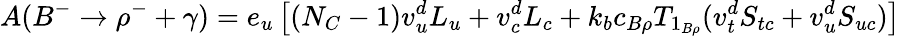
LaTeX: A(B^{-}\to\rho^{-}+\gamma)=e_{u}\left[\left(N_{C}-1\right)v_{u}^{d}L_{u}+v_{c}^{d}{L_{c}}+k_{b}c_{B\rho}T_{1_{B\rho}}(v_{t}^{d}S_{tc}+v_{u}^{d}S_{uc})\right]